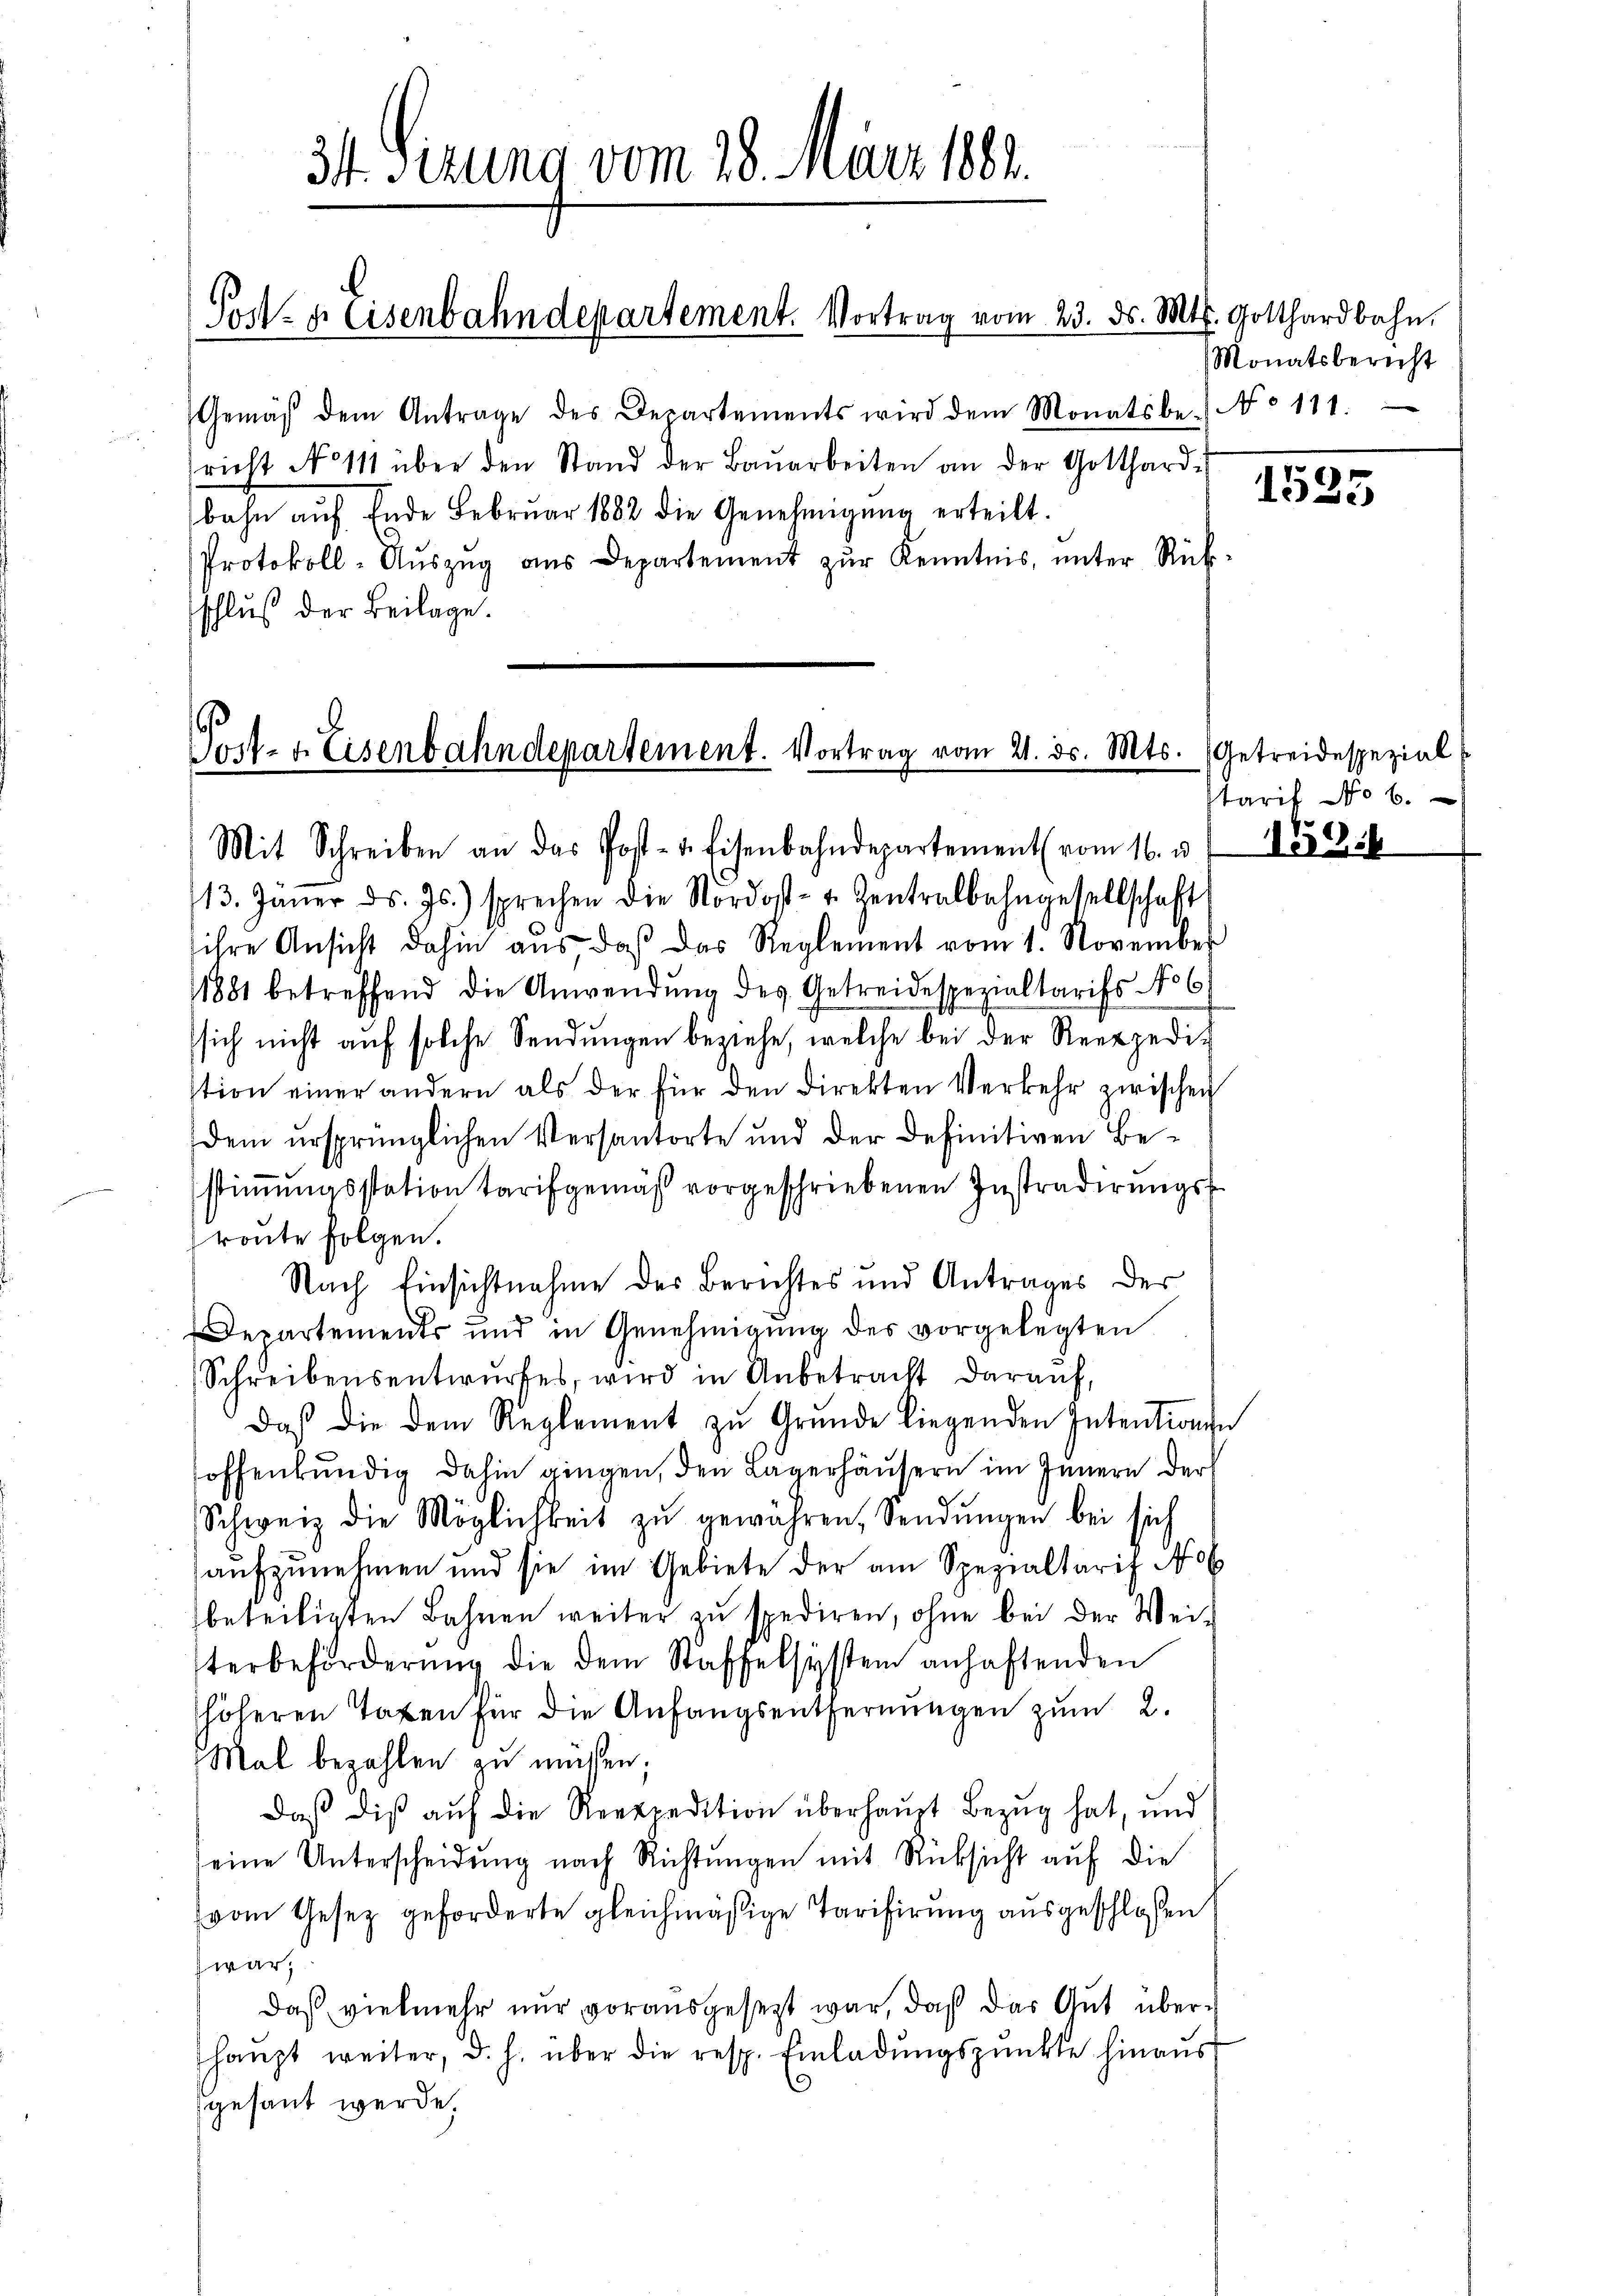
Post- u. Eisenbahndepartement. Vortrag vom 23. ds. Mts. Gotthardbahn.

Gemäβ dem Antrage des Departements wird dem Monatsbe-No 111.
richt No 111 über den Stand der Baŭarbeiten an der Gotthardis
bahn auf Ende Februar 1882 die Genehmigŭng erteilt.
Protokoll-Aŭszŭg ans Departement zŭr Kenntnis, ŭnter Rück
schluß der Beilage.

3t. Sizung vom 28. März 1883.

Prit- u. Eisenbahndepartement. Vortrag vom 21. ds. Mts.

Mit Schreiben an das Post- u. Eisenbahndepartement vom 16. v.

13. Janer ds. Js.) sprechen die Nordost- u. Zentralbahngesellschaft
ihre Ansicht dahin aus daß das Reglement vom 1. November
1881 betreffend die Anwendung des Getreidespezialtarifs No 6
sich nicht auf solche Sendungen beziehe, welche bei der Reexpedition einer andern als der für den direkten Verkehr zwischen
dem ursprünglichen Versantorte und der definitiven Bestimmungsstation tarifgemäß vorgeschriebenen Instradirungsroute folgen.
Nach Einsichtnahme der Berichtes und Antrages der
Departements und in Genehmigung des vorgelegten
Schreibensentwŭrfes, wird in Anbetracht darauf,
Daß die dem Reglement zŭ Grŭnde liegenden Intentions
hoffenkundig dahin gingen, den Lagerhäusern im Innern der
Schweiz die Möglichkeit zŭ gewähren, Sendungen bei sich
aufzunehmen und sie im Gebiete der am Spezialtarif No
beteiligten Bahnen weiter zu spediren, ohne bei der Weiterbeförderŭng die dem Staffelsystem anhaftenden
höheren Taxen für die Anfangsentfernŭngen zum 2.
Mal bezahlen zu müssen;
daß die aŭf die Repredition überhaupt Bezug hat, und
eine Unterscheidung nach Richtungen mit Rücksicht auf die
(vom Gesez geforderte gleichmäßige Tarifirung ausgeschloßen
war;
daß vielmehr nur vorausgesezt war, daß das Aut überhaŭpt weiter, d. h. über die resp. Einladŭngspunkte hinaus
gesant werde.

Monatsbericht

1525

Getreide spezial
tarif No 6.

159.